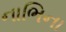
નાભિના